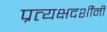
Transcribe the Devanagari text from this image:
प्रत्यक्षदर्शींनी